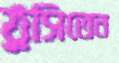
ঠুসিতেন